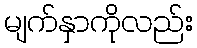
မျက်နှာကိုလည်း